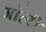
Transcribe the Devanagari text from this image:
गॉली